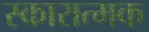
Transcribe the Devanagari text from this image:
स्कारात्मक